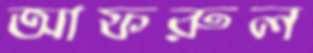
আফরুল